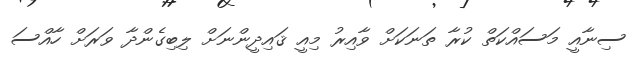
ސިނާއީ މަސައްކަތް ކުރާ ތަނަކަށް ވާއިރު މިއީ ޤައިދީންނަށް ލިބިގެންދާ ވަރަށް ހާއްސަ